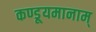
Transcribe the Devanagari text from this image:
कण्डूयमानाम्